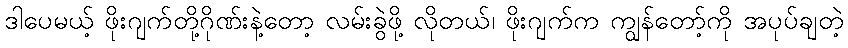
ဒါပေမယ့် ဖိုးဂျက်တို့ဂိုဏ်းနဲ့တော့ လမ်းခွဲဖို့ လိုတယ်၊ ဖိုးဂျက်က ကျွန်တော့်ကို အပုပ်ချတဲ့